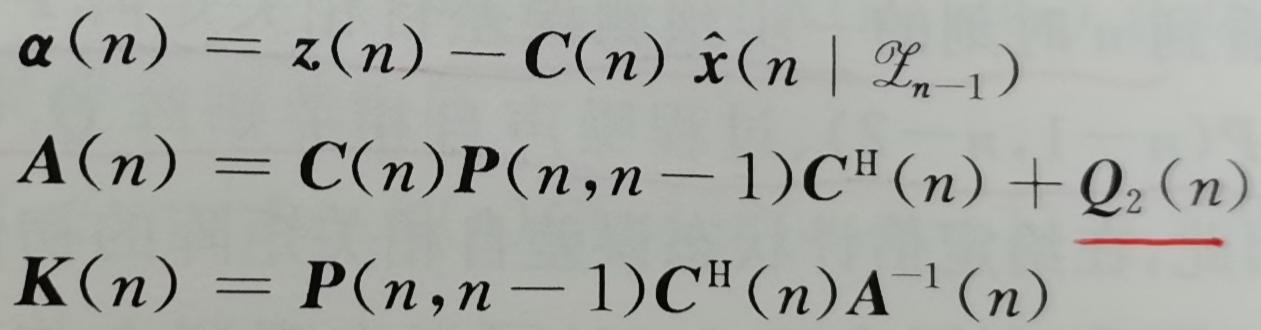
\begin{align*}
\boldsymbol{\alpha}(n) &= \boldsymbol{z}(n) - \boldsymbol{C}(n) \hat{\boldsymbol{x}}(n \mid \mathcal{L}_{n - 1}) \\
\boldsymbol{A}(n) &= \boldsymbol{C}(n)\boldsymbol{P}(n,n - 1)\boldsymbol{C}^{\mathrm{H}}(n) + \underline{\boldsymbol{Q}_2(n)} \\
\boldsymbol{K}(n) &= \boldsymbol{P}(n,n - 1)\boldsymbol{C}^{\mathrm{H}}(n)\boldsymbol{A}^{-1}(n)
\end{align*}